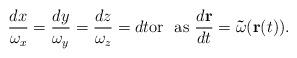
LaTeX: \begin{align*}\frac{dx}{\omega _{x}}=\frac{dy}{\omega _{y}}=\frac{dz}{\omega _{z}}=dt\text{or \ as }\frac{d\mathbf{r}}{dt}=\mathbf{\vec{\omega}(r(}t\mathbf{)).} \end{align*}